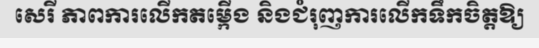
សេរី ភាពការលើកតម្កើង និងជំរុញការលើកទឹកចិត្តឱ្យ